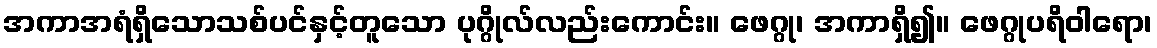
အကာအရံရှိသောသစ်ပင်နှင့်တူသော ပုဂ္ဂိုလ်လည်းကောင်း။ ဖေဂ္ဂု၊ အကာရှိ၍။ ဖေဂ္ဂုပရိဝါရော၊